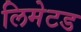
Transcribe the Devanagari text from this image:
लिमेटड